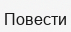
Повести